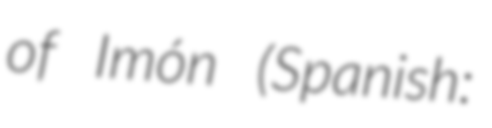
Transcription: of Imón (Spanish: